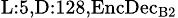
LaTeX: _{\textrm{L}:5,\textrm{D}:128,\textrm{EncDec}_{\textrm{B}2}}